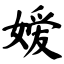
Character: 嫒